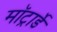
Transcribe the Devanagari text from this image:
मॉट्रार्डे